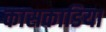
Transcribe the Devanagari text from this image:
कासकाडिया